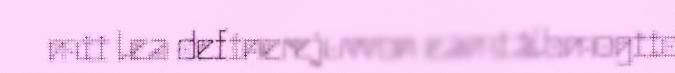
mii lea definerejuvvon eamiálbmogiid